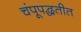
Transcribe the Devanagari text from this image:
चंपूपद्धतीत